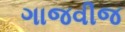
ગાજવીજ